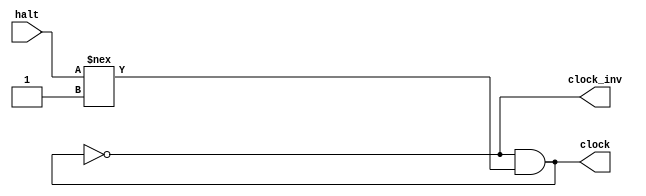
module clock (
    input wire halt,
    output reg clock,
    output wire clock_inv
);

  assign clock_inv = ~clock;
  
  initial clock <= 0;
  
  always #1 clock = ~clock & (halt !== 1);
endmodule